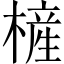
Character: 㯆